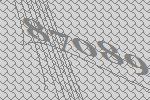
87089